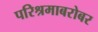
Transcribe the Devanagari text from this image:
परिश्रमाबरोबर